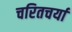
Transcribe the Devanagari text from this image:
चरितचर्या